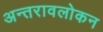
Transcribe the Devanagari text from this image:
अन्तरावलोकन